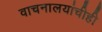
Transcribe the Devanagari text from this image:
वाचनालयांचीही